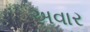
અવાર